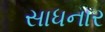
સાધનાર